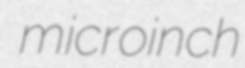
microinch